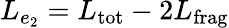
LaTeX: L_{e_{2}}=L_{\mathrm{tot}}-2L_{\mathrm{frag}}